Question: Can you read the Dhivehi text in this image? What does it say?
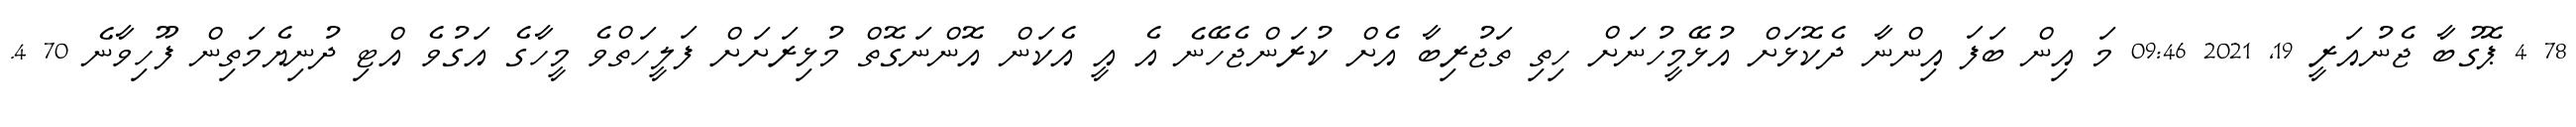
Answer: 78 4 ޕޮގުބާ ޖެނުއަރީ 19, 2021 09:46 މަ އިން ބަފަ އިންނާ ދެކޮޅަށް އުޅޭމީހުނަށް ހިތި ތަޖުރިބާ އެށް ކުރަންޖެހޭނެ އެ އީ އެކަން އޮންނަގޮތް މުޅިރަށަށް ފަލީހަތްވެ މީހާގެ އަގުވެ އްޓި ދުނިޔެމަތިން ފޫހިވާނެ 70 4.